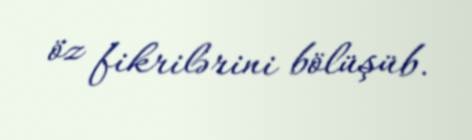
öz fikrilərini bölüşüb.